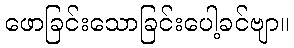
ဖောခြင်းသောခြင်းပေါ့ခင်ဗျာ။